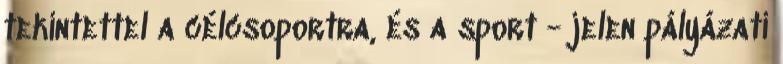
tekintettel a célcsoportra, és a sport - jelen pályázati